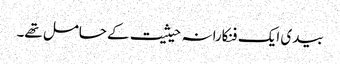
بیدی ایک فنکارانہ حیثیت کے حامل تھے۔